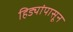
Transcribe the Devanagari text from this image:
हिड्यांपासून